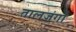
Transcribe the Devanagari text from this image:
तालजंगों